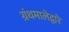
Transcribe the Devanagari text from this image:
ग्रंथमालेद्वारे